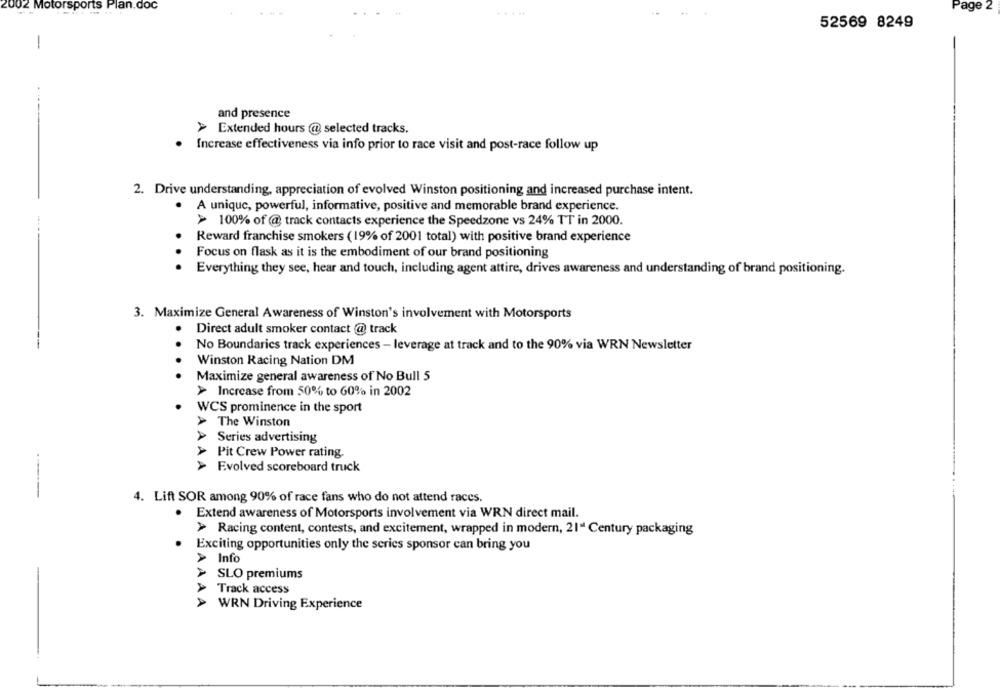
002 Motorsports Plan.doc
.....
Page 2
52569 8249
-
and presence
> Extended hours @ selected tracks.
Increase effectiveness via info prior to race visit and post-race follow up
2. Drive understanding, appreciation of evolved Winston positioning and increased purchase intent.
A unique, powerful, informative, positive and memorable brand experience.
> 100% of @ track contacts experience the Speedzone vs 24% TT in 2000.
Reward franchise smokers (19% of 2001 total) with positive brand experience
. .
Focus on flask as it is the embodiment of our brand positioning
Everything they see, hear and touch, including agent attire, drives awareness and understanding of brand positioning.
3. Maximize General Awareness of Winston's involvement with Motorsports
Direct adult smoker contact @ track
No Boundaries track experiences - leverage at track and to the 90% via WRN Newsletter
...
Winston Racing Nation DM
.
Maximize general awareness of No Bull 5
> Increase from 50% to 60% in 2002
.
WCS prominence in the sport
The Winston
Series advertising
Pit Crew Power rating
Evolved scoreboard truck
4. Lift SOR among 90% of race fans who do not attend races.
. Extend awareness of Motorsports involvement via WRN direct mail.
> Racing content, contests, and excitement, wrapped in modern, 21ª Century packaging
Exciting opportunities only the series sponsor can bring you
A
Info
> SLO premiums
Track access
AAA
WRN Driving Experience